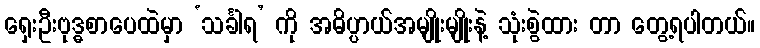
ရှေးဦးဗုဒ္ဓစာပေထဲမှာ ‘သင်္ခါရ’ ကို အဓိပ္ပာယ်အမျိုးမျိုးနဲ့ သုံးစွဲထား တာ တွေ့ရပါတယ်။